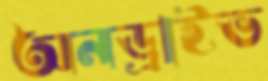
অনড্রাইভ